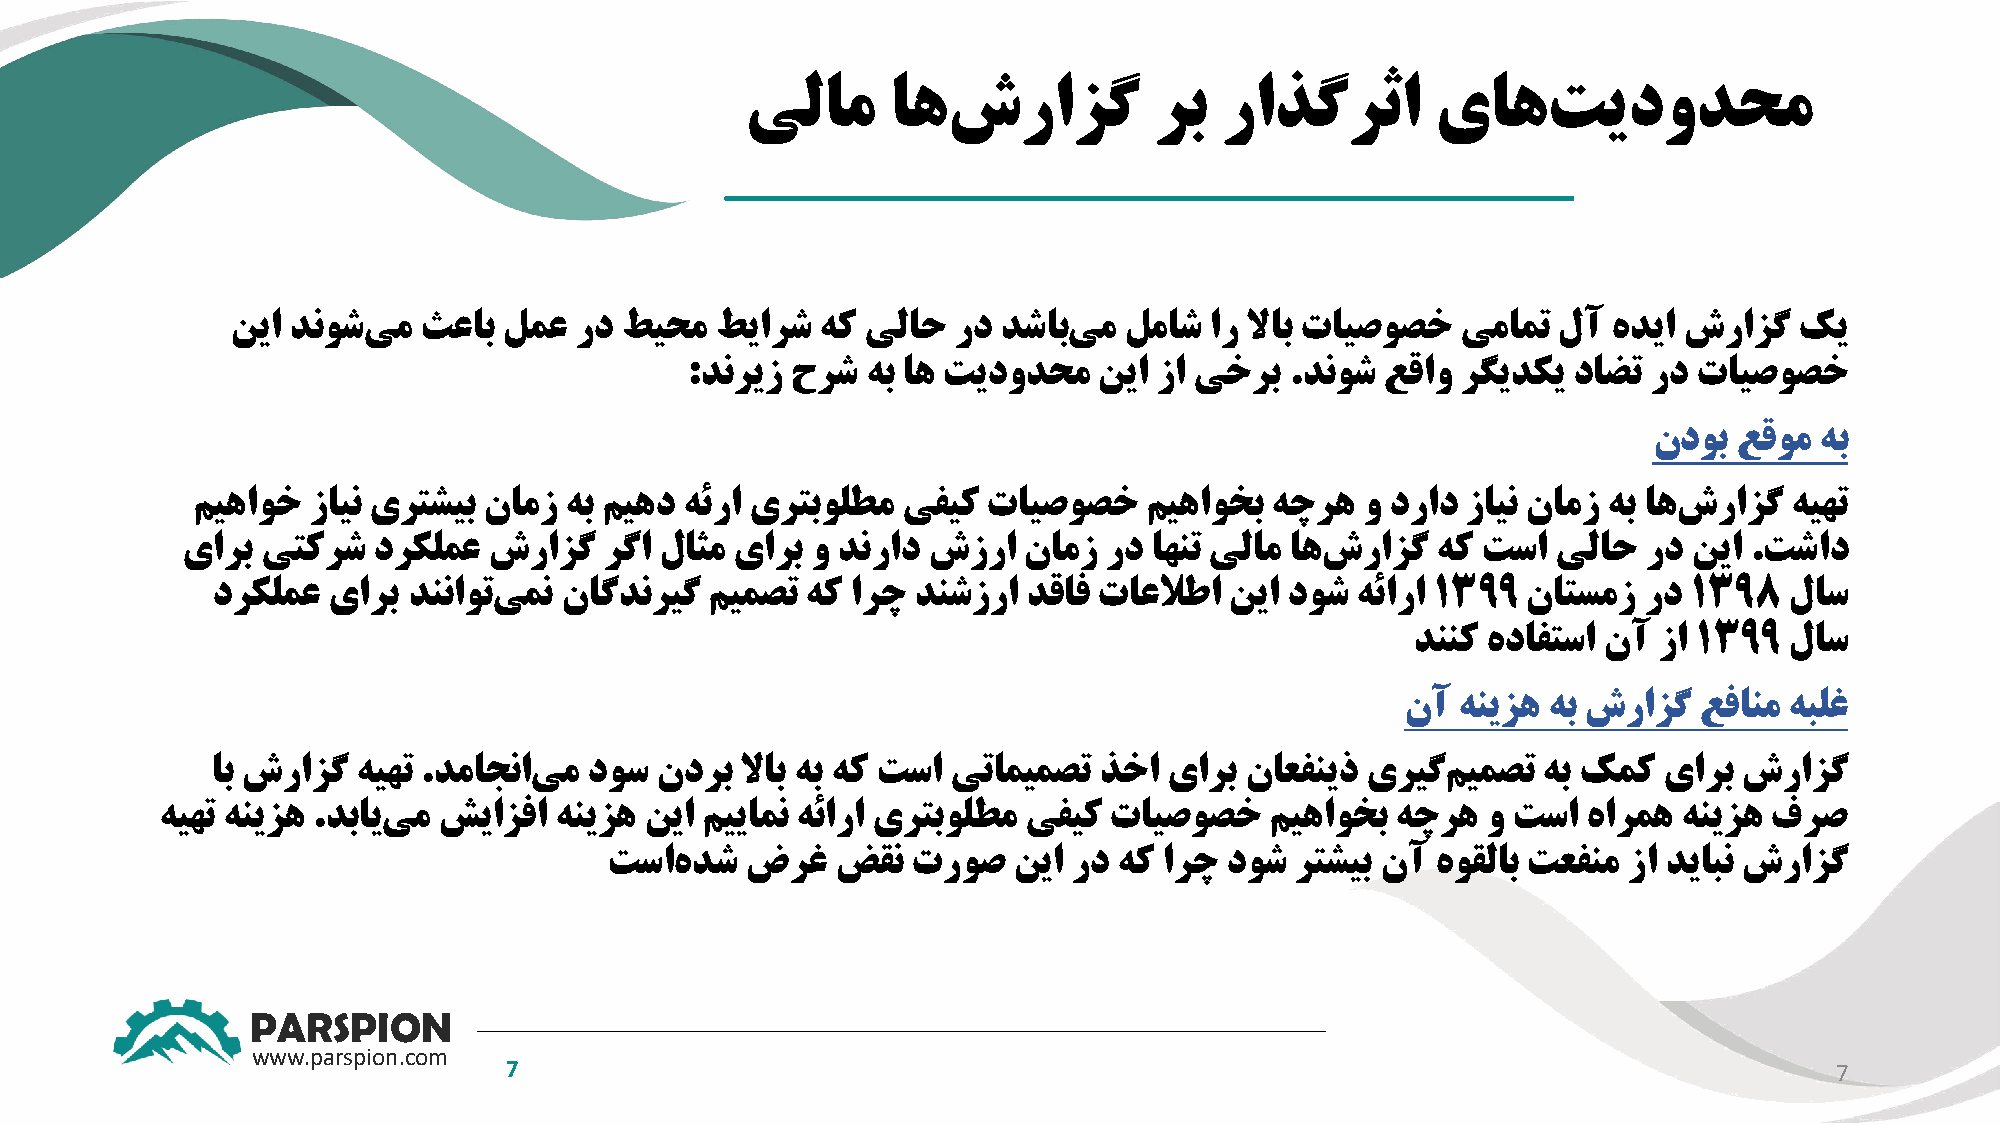
یلام      اهش      رازگ    رب   راذگرثا       یاهت       یدودحم
 نیا دنوشی  م ثعاب لمع  رد طیحم  طیارش  هک یلاح  رد دشاب یم لماش  ار لااب تایصوصخ  یمامت لآ  هدیا شرازگ  کی
 :دنریز حرش  هب اه تیدودحم   نیا زا یخرب .دنوش  عقاو رگیدکی داضت رد تایصوصخ
 ندوب  عقوم هب
 میهاوخ زاین یرتشیب نامز هب میهد هئرا یرتبولطم  یفیک تایصوصخ    میهاوخب هچره  و دراد زاین نامز هب اهش رازگ هیهت
 یارب یتکرش   درکلمع شرازگ   رگا لاثم یارب و دنراد شزرا  نامز رد اهنت یلام اهش رازگ هک تسا  یلاح  رد نیا .تشاد
 درکلمع  یارب دنناوتی من ناگدنریگ میمصت هک ارچ دنشزرا  دقاف تاعلاطا نیا دوش  هئارا ۱۳۹۹ ناتسمز  رد ۱۳۹8  لاس
 دننک هدافتسا نآ زا ۱۳۹۹ لاس
 نآ  هنیزه هب شرازگ عفانم هبلغ
 اب شرازگ  هیهت .دماجنای م دوس ندرب لااب هب هک تسا یتامیمصت ذخا یارب ناعفنیذ یریگ  میمصت هب کمک  یارب شرازگ
 هیهت هنیزه .دبایی م شیازفا هنیزه نیا مییامن هئارا یرتبولطم یفیک تایصوصخ   میهاوخب هچره  و تسا  هارمه هنیزه فرص
 تساه  دش ضرغ   ضقن  تروص   نیا رد هک ارچ دوش  رتشیب نآ هوقلاب تعفنم زا دیابن شرازگ
 PARSPION
 www.parspion.com
 7                                                                                      7